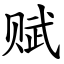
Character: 赋